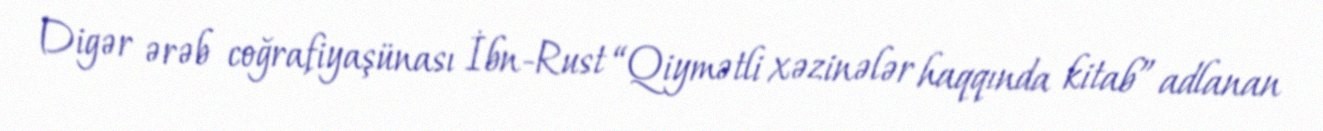
Digər ərəb coğrafiyaşünası İbn-Rust “Qiymətli xəzinələr haqqında kitab” adlanan